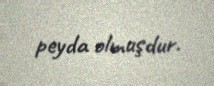
peyda olmuşdur.